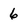
Character: 6